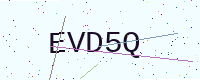
Text: EVD5Q